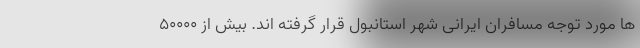
ها مورد توجه مسافران ایرانی شهر استانبول قرار گرفته اند. بیش از 50000